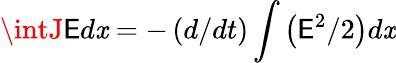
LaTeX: \intJ\mathsf{E}d\mathit{x}=-\left(d/dt\right)\int\left(\mathsf{E}^{2}/2\right)d\mathit{x}